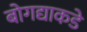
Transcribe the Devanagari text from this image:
बोगद्याकडे